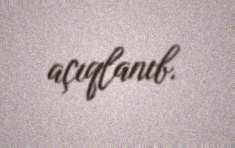
açıqlanıb.